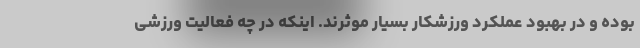
بوده و در بهبود عملکرد ورزشکار بسیار موثرند. اینکه در چه فعالیت ورزشی